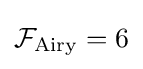
{\mathcal {F}}_{\rm {Airy}}=6